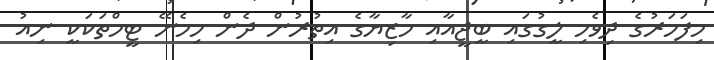
މިފަހަރުގެ ދިވެހި ލީގުގައި ބީޖީއާއި މާޒިޔާގެ އިތުރުން ދެން ހިމެނޭ ޓީމްތަކަކީ ނިއު